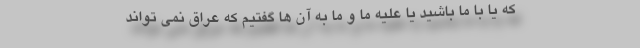
که یا با ما باشید یا علیه ما و ما به آن ها گفتیم که عراق نمی تواند